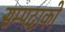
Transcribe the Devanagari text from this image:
सम्पदाको